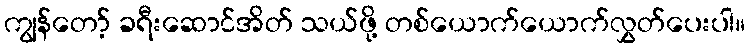
ကျွန်တော့် ခရီးဆောင်အိတ် သယ်ဖို့ တစ်ယောက်ယောက်လွှတ်ပေးပါ။